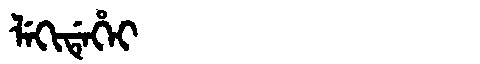
Manchu: ᠯᡝᡴᡳᡩᡝᡥᡝᡳ
Romanization: LEKIDEHEI